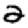
Digit: 2